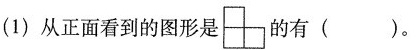
(1)从正面看到的图形是的有()。